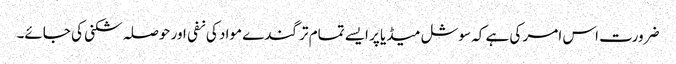
ضرورت اس امر کی ہے کہ سوشل میڈیا پر ایسے تمام تر گندے مواد کی نفی اور حوصلہ شکنی کی جائے۔